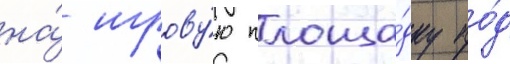
на́ игрову́ю площа́дку по́д